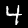
Digit: 4